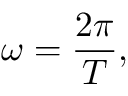
\omega = { \frac { 2 \pi } { T } } ,